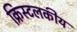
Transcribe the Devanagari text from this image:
क्रिस्टलकीय